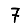
Digit: 7